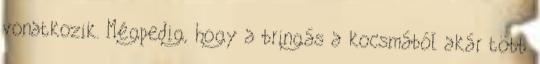
vonatkozik. Mégpedig, hogy a bringás a kocsmából akár több